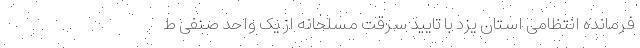
فرمانده انتظامی استان یزد با تایید سرقت مسلحانه از یک واحد صنفی ط